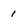
Character: 1